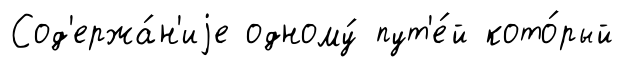
Сод'ержа́н'иjе одному́ пут'е́й кото́рый